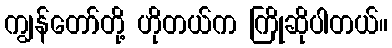
ကျွန်တော်တို့ ဟိုတယ်က ကြိုဆိုပါတယ်။